Calcutta medical institutions reports 1892-1900
Year: 1892
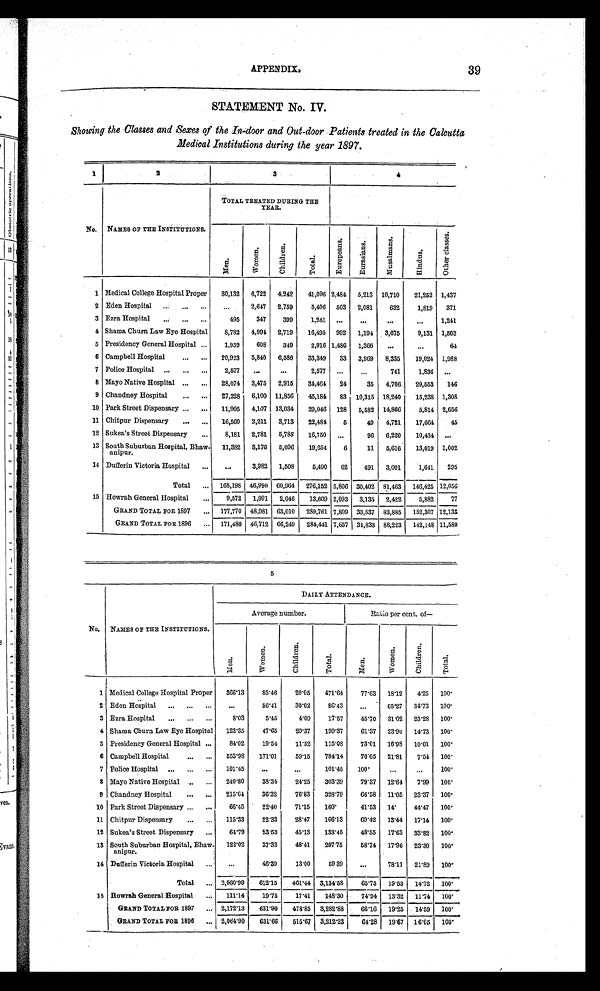
APPENDIX.
39
STATEMENT No. IV.
Showing the Classes and Sexes of the In-door and Out-door Patients treated in the Calcutta
Medical Institutions during the year 1897.
1
2
3
4
No. NAMES OF THE INSTITUTIONS.
TOTAL TREATED DURING THE
YEAR.
M e n .
W o m e n .
C h i l d r e n .
T o t a l .
E u r o p e a n s .
E u r a s i a n s .
M u s a l m a n s .
H i n d u s .
O t h e r C l a s s e s .
1 Medical College Hospital Proper
30,132 6,722 4,242
41,096 2,484 5,213 10,710
21,252 1,437
2 Eden Hospital . . .
. . .
2,647 2,759
5,406 503 2,081
632
1,819
371
3 Ezra Hospital . . .
495
347
399
1,241
. . .
. . .
. . .
. . .
1,241
4 Shama Churn Law Eye Hospital
8,782 4,994 2,719
16,495 992 1,194 3,675
9,131 1,503
5 Presidency General Hospital . . .
1,959
608
349
2,916 1,486 1,366
. . .
. . .
64
6 Campbell Hospital . . .
20,923 5,840 6,586
33,349
33 3,969 8,335
19,024 1,988
7 Police Hospital . . .
2,577
. . .
. . .
2,577
. . .
. . .
741
1,836
. . .
8 Mayo Native Hospital . . .
28,074 3,475 2,915
34,464
24
35 4,706
29,553
146
9 Chandney Hospital . . .
27,228 6,100 11,856
45,184
83 10,315 18,240
15,238 1,308
10 Park Street Dispensary . . .
11,905 4,107 13,034
29,046 128 5,582 14,866
5,814 2,656
11 Chitpur Dispensary . . .
16,560 2,211 3,713
22,484
5
49
4,721
17,664
45
12 Sukea's Street Dispensary . . .
8,181 2,781 5,788
16,750
. . .
96 6,220
10,434
. . .
13 South Suburban Hospital, Bhaw-
a n i p u r .
11,382 3,176 5,096
19,654
6
11 5,616
13,019 1,002
14 Dufferin Victoria Hospital . . .
. . .
3,982 1,508
5,490
62
491 3,001
1,641
295
Total . . . 168,198 46,990 60,964 276,152 5,806 30,402 81,463 146,425 12, 056
15 Howrah General Hospital . . .
9,572 1,991 2,046
13,609 2,093 3,135 2,422
5,882
77
GRAND TOTAL FOR 1897 . . . 177,770 48,981 63,010 289,761 7,899 33,537 83,885 152,307 12,135
GRAND TOTAL FOR 1896 . . . 171,480 46,712 66,249 284,441 7,657 34,833 88,223 142,148 11,580
5
DAILY ATTENDANCE.
No. NAMES OF THE INSTITUTIONS.
Average number.
Ratio per cent. of
—
M e n .
W o m e n .
C h i l d r e n .
T o t a l .
M e n .
W o m e n .
C h i l d r e n .
T o t a l .
1 Medical College Hospital Proper
366.13
85.46
20.05
471.64
77.63 18.12
4.25 100.
2 Eden Hospital . . .
. . .
56.41
30.02
86.43
. . . 65.27 34.73 100.
3 Ezra Hospital . . .
8.03
5.45
4.09
17.57
45.70 31.02 23.28 100.
4 Shama Churn Law Eye Hospital
122.35
47.65
29.37
199.37
61.37 23.90 14.73 100.
5 Presidency General Hospital . . .
84.02
19.54
11.52
115.08
73.01 16.98 10.01 100.
6 Campbell Hospital . . .
553.98
171.01
59.15
784.14
70.65 21.81
7.54 100.
7 Police Hospital . . .
101.45
. . .
. . . 101.45
100.
. . .
. . .
100.
8 Mayo Native Hospital . . .
240.80
38.34
24.25
303.39
79.37 12.64
7.99 100.
9 Chandney Hospital . . .
215.64
36.32
76.83
328.79
66.58 11.05 23.37 100.
10 Park Street Dispensary . . .
66.45
22.40
71.15
160.
41.53 14.
44.47 100.
11 Chitpur Dispensary . . .
115.33
22.33
28.47
166.13
69.42 13.44 17.14 100.
12 Sukea's Street Dispensary . . .
64.79
23.53
45.13
133.45
48.55 17.63 33.82 100.
13 South Suburban Hospital, Bhaw-
anipur.
122.02
37.32
48.41
207.75
58.74 17.96 23.30 100.
14 Dufferin Victoria Hospital . . .
. . .
46.39
13.00
59.39
. . . 78.11
21.89 100.
Total . . .
2,060.99
612.15
461.44 3,134.58
65.75 19.53 14.72 100.
15 Howrah General Hospital . . .
111.14
19.75
17.41
148.30
74.94 13.32 11.74 100.
GRAND TOTAL FOR 1897 . . . 2,172.13
631.90
478.85 3,282.88
66.16 19.25 14.59 100.
GRAND TOTAL FOR 1896 . . . 2,064.90
631.66
515.67 3,212.23
64.28 19.67 16.05 100.